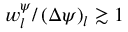
w _ { l } ^ { \psi } / \left( \Delta \psi \right) _ { l } \gtrsim 1